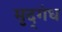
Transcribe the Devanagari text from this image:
मृद्‌गंध